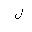
Letter: _lam